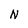
Character: N